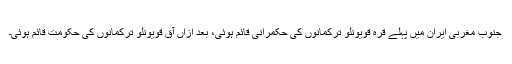
جنوب مغربی ایران میں پہلے قرہ قویونلو ترکمانوں کی حکمرانی قائم ہوئی، بعد ازاں آق قویونلو ترکمانوں کی حکومت قائم ہوئی۔